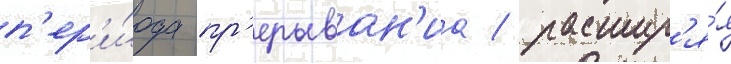
п'ер'и́ода пр'ерыван'иа / расшир'я́я